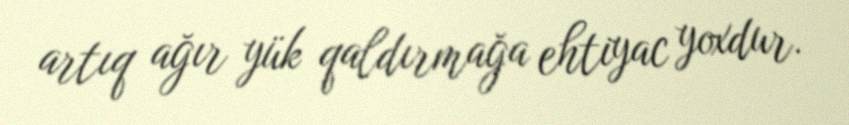
artıq ağır yük qaldırmağa ehtiyac yoxdur.